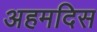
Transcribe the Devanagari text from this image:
अहमदिस